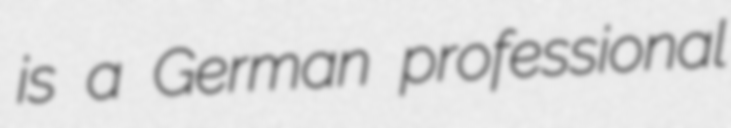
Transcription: is a German professional